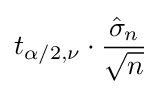
t_{\alpha /2,\nu }\cdot {\dfrac {{\hat {\sigma }}_{n}}{\sqrt {n}}}